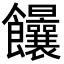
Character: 𩟻